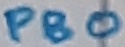
Text: PB0